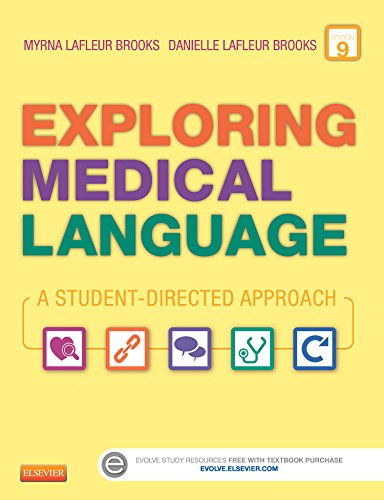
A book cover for Exploring Medical Language - Textbook and Flash Cards 9th Edition; Myrna LaFleur Brooks RN  BEd; Medical Books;